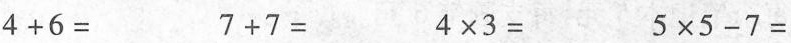
4+6= 7+7= 4×3= 5×5-7=